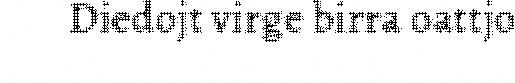
Diedojt virge birra oattjo